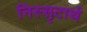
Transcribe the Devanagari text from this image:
निस्सृटार्थ